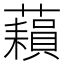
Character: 𧂬